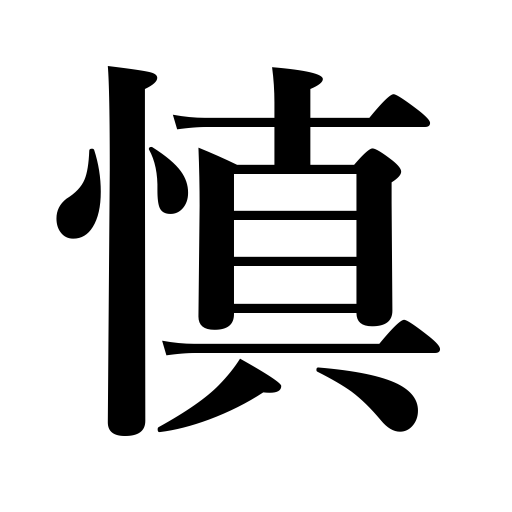
Meanings: restrain oneself,be careful,be discreet,be prudent,be moderate,be cautious